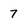
Character: 7